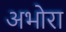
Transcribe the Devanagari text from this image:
अभोरा